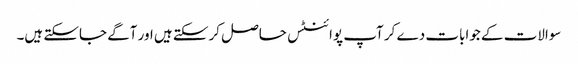
سوالات کے جوابات دے کر آپ پوائنٹس حاصل کرسکتے ہیں اور آگے جاسکتے ہیں۔